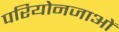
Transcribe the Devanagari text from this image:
परियोनजाओं